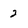
Character: 2